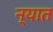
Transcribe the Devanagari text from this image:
न्यात